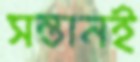
সন্তানই